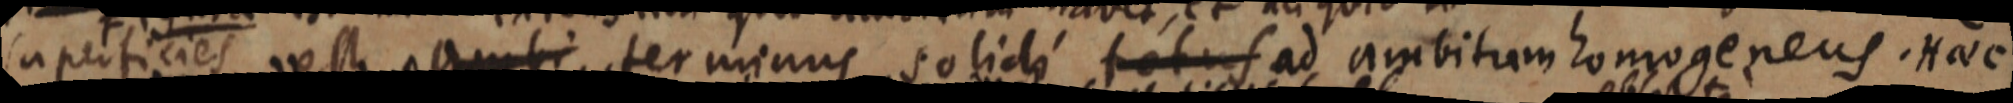
superficies est ambi terminus solidi totus ad ambitum homogeneus. Haec